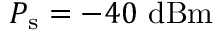
P _ { \mathrm { s } } = - 4 0 ~ \mathrm { d B m }